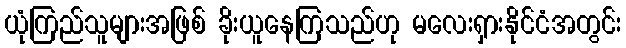
ယုံကြည်သူများအဖြစ် ခိုးယူနေကြသည်ဟု မလေးရှားနိုင်ငံအတွင်း